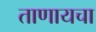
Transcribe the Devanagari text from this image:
ताणायचा